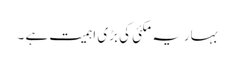
بہاریہ مکئی کی بڑی اہمیت ہے ۔